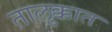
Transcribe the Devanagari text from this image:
तालुक्कात